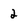
Character: 2